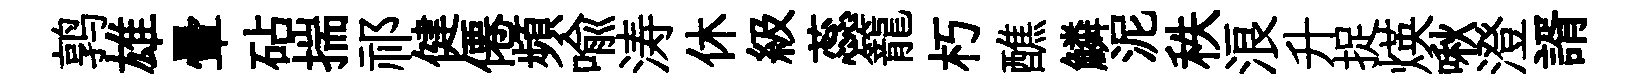
鹑雄暈砧揣祁健僊頻喻涛休級蕊籠朽醮鱗泥秩浪升捉煐啾澄諝